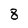
Character: 8